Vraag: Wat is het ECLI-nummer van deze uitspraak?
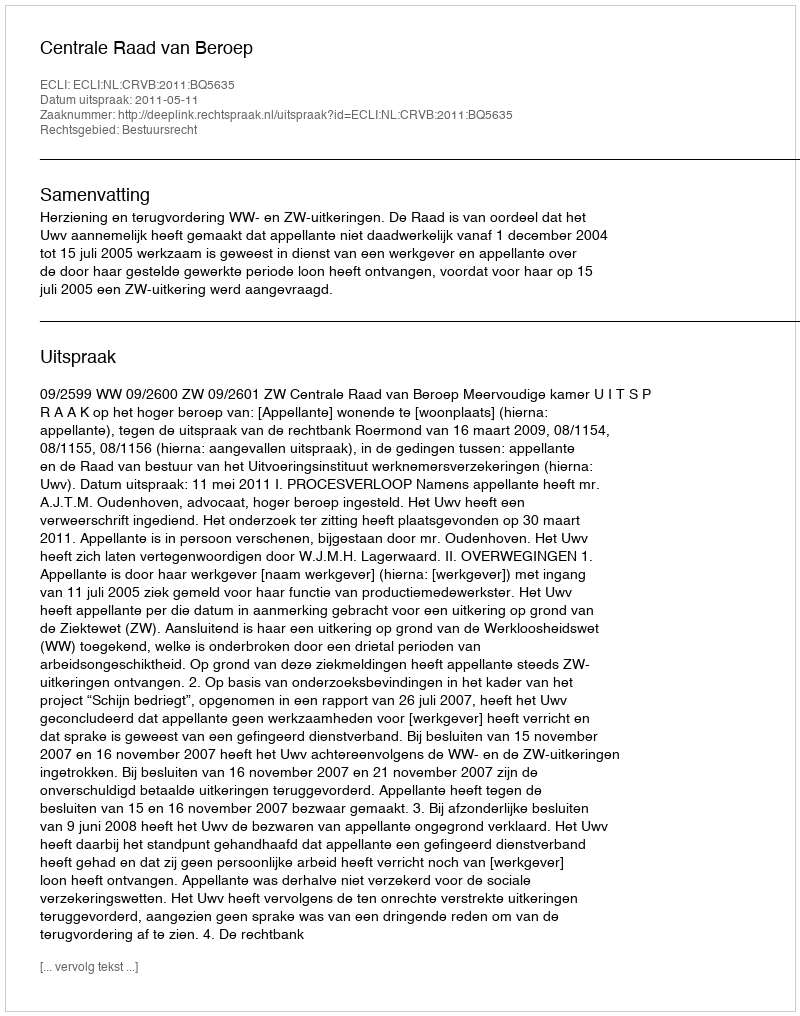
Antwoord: ECLI:NL:CRVB:2011:BQ5635